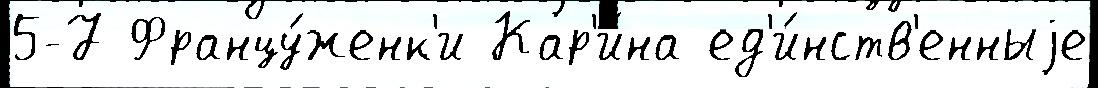
5-7 Францу́женк'и Кар'и́на ед'и́нств'енныjе